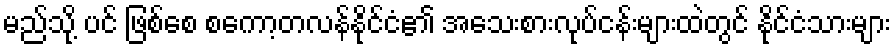
မည်သို့ ပင် ဖြစ်စေ စကော့တလန်နိုင်ငံ၏ အသေးစားလုပ်ငန်းများထဲတွင် နိုင်ငံသားများ